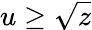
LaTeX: u\geq\sqrt{z}